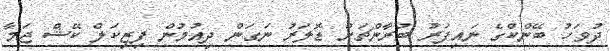
ދުވަހު ބޭންކްގެ ނައިފަރު ބުރާންޗަށް ޑޮލަރު ނަގަން ދިއުމުން ފިޒިކަލް ކޭޝް ޖަމާ